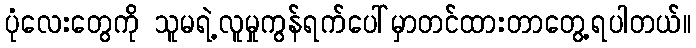
ပုံလေးတွေကို သူမရဲ့လူမှုကွန်ရက်ပေါ်မှာတင်ထားတာတွေ့ရပါတယ်။